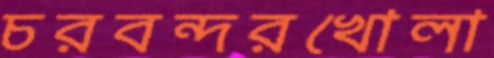
চরবন্দরখোলা